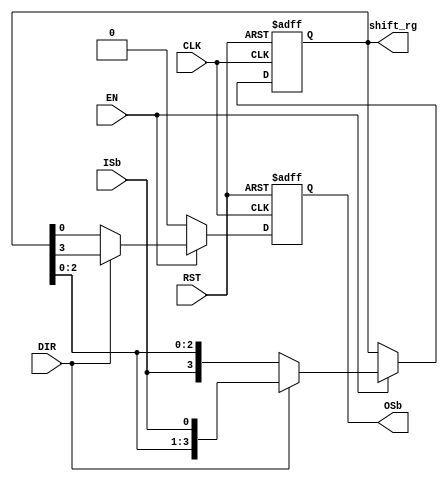
module shift_reg_both_4bit (CLK, RST, ISb, EN, OSb, DIR, shift_rg);

	input CLK, RST, EN, DIR, ISb;
	output reg OSb;
	output reg [3:0] shift_rg;
	
	initial shift_rg = 4'b0;
	
	always @(posedge CLK or posedge RST) begin
	
		if (RST) begin shift_rg <= 4'b0; OSb = 1'b0; end
		else
			if (EN) begin
				if (DIR) begin OSb <= shift_rg[3]; shift_rg <= {shift_rg[2:0], ISb}; end
				else begin OSb <= shift_rg[0]; shift_rg <= {ISb,shift_rg[2:0]}; end
			end
			else begin
				OSb <= 1'b0; shift_rg <= shift_rg;
			end
	end
	
endmodule